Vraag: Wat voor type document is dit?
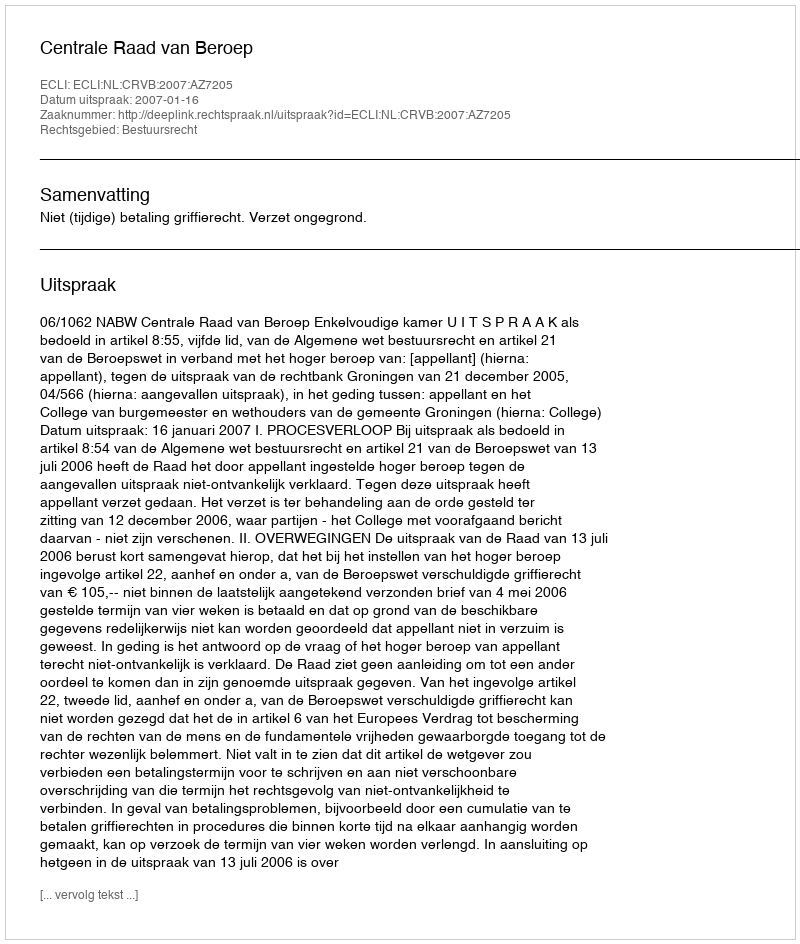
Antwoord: Uitspraak